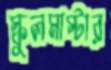
স্কুলমাস্টার